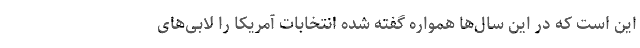
این است که در این سال‌ها همواره گفته شده انتخابات آمریکا را لابی‌های